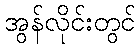
အွန်လိုင်းတွင်